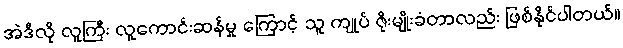
အဲဒီလို လူကြီး လူကောင်းဆန်မှု ကြောင့် သူ ကျုပ် ဇိုးမျိုးခံတာလည်း ဖြစ်နိုင်ပါတယ်။